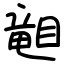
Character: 𥉩